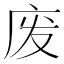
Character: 废